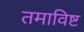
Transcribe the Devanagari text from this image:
तमाविष्ट